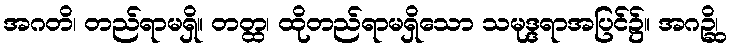
အဂတိ၊ တည်ရာမရှိ။ တတ္ထ၊ ထိုတည်ရာမရှိသော သမုဒ္ဒရာအပြင်၌။ အဂဉ္ဆိ၊